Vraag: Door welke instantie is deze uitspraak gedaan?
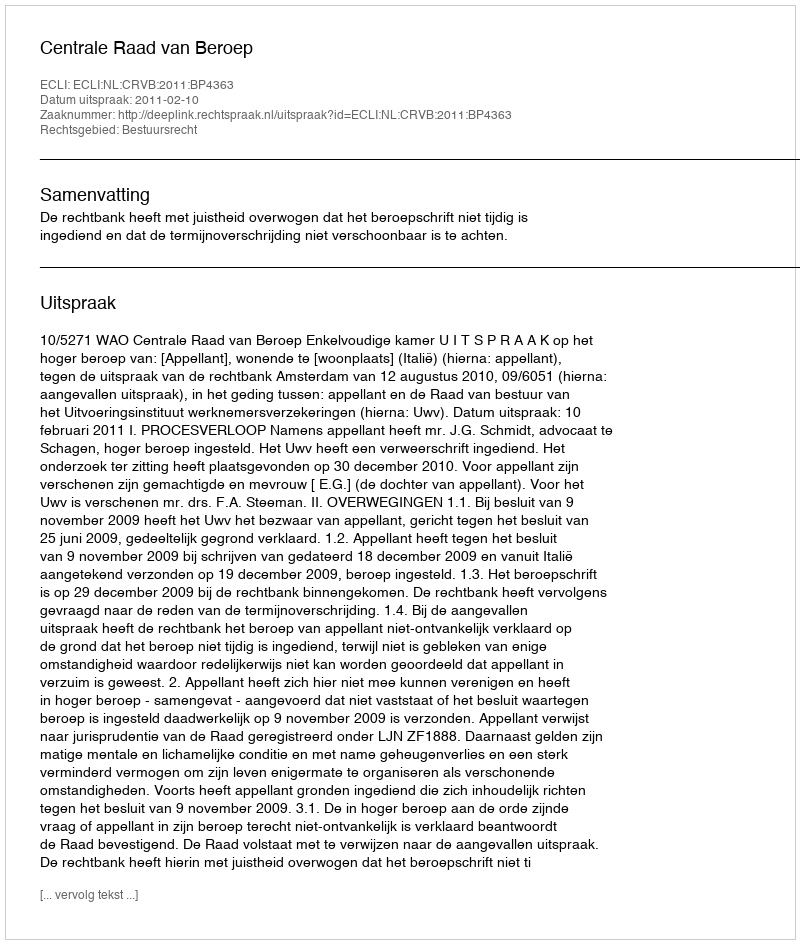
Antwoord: Centrale Raad van Beroep